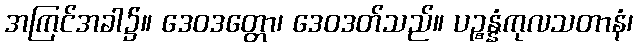
အကြင်အခါ၌။ ဒေဝဒတ္တော၊ ဒေဝဒတ်သည်။ ပဉ္စန္နံကုလသတာနံ၊